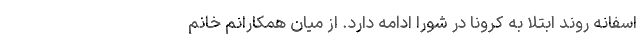
اسفانه روند ابتلا به کرونا در شورا ادامه دارد. از میان همکارانم خانم